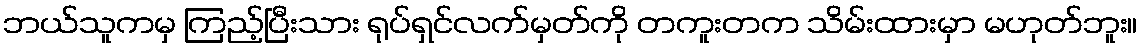
ဘယ်သူကမှ ကြည့်ပြီးသား ရုပ်ရှင်လက်မှတ်ကို တကူးတက သိမ်းထားမှာ မဟုတ်ဘူး။